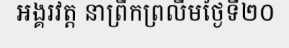
អង្គរវត្ត នាព្រឹកព្រលឹមថ្ងៃទី២០